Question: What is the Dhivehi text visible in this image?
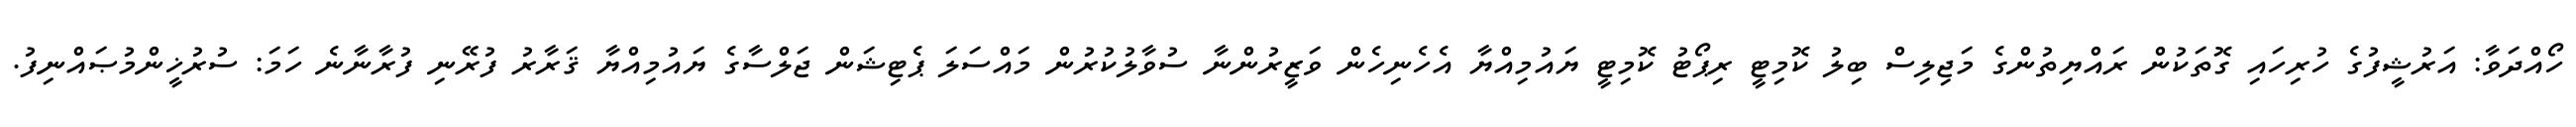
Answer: ހޯއްދަވާ: އަރުޝީފުގެ ހުރިހައި ގޮތަކުން ރައްޔިތުންގެ މަޖިލިސް ބިލު ކޮމިޓީ ރިޕޯޓު ކޮމިޓީ ޔައުމިއްޔާ އެހެނިހެން ވަޒީރުންނާ ސުވާލުކުރުން މައްސަލަ ޕެޓިޝަން ޖަލްސާގެ ޔައުމިއްޔާ ޤަރާރު ފުރޭނި ފުރާނާނެ ހަމަ: ސުރުޚީންމުޞައްނިފު.